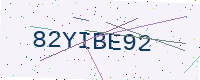
Text: 82YIBE92